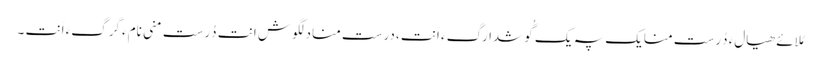
مُلائے ھیالءَ دُرست منایک پہ یک گُوشدارگءَ اَنت ،درست منادلگوش اَنت دُرست منی نامءَ گِرگءَ اَنت ۔